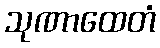
သုဏာထေတံ